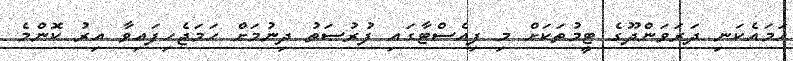
ހަމައެކަނި ދަރަވަންދޫގެ ޓީމުތަކަށް މި ފިއެސްޓާގައި ފުރުސަތު ދިނުމަށް ހަމަޖެހިފައިވާ އިރު ކޮންމެ